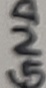
Text: GND